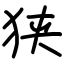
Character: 狭